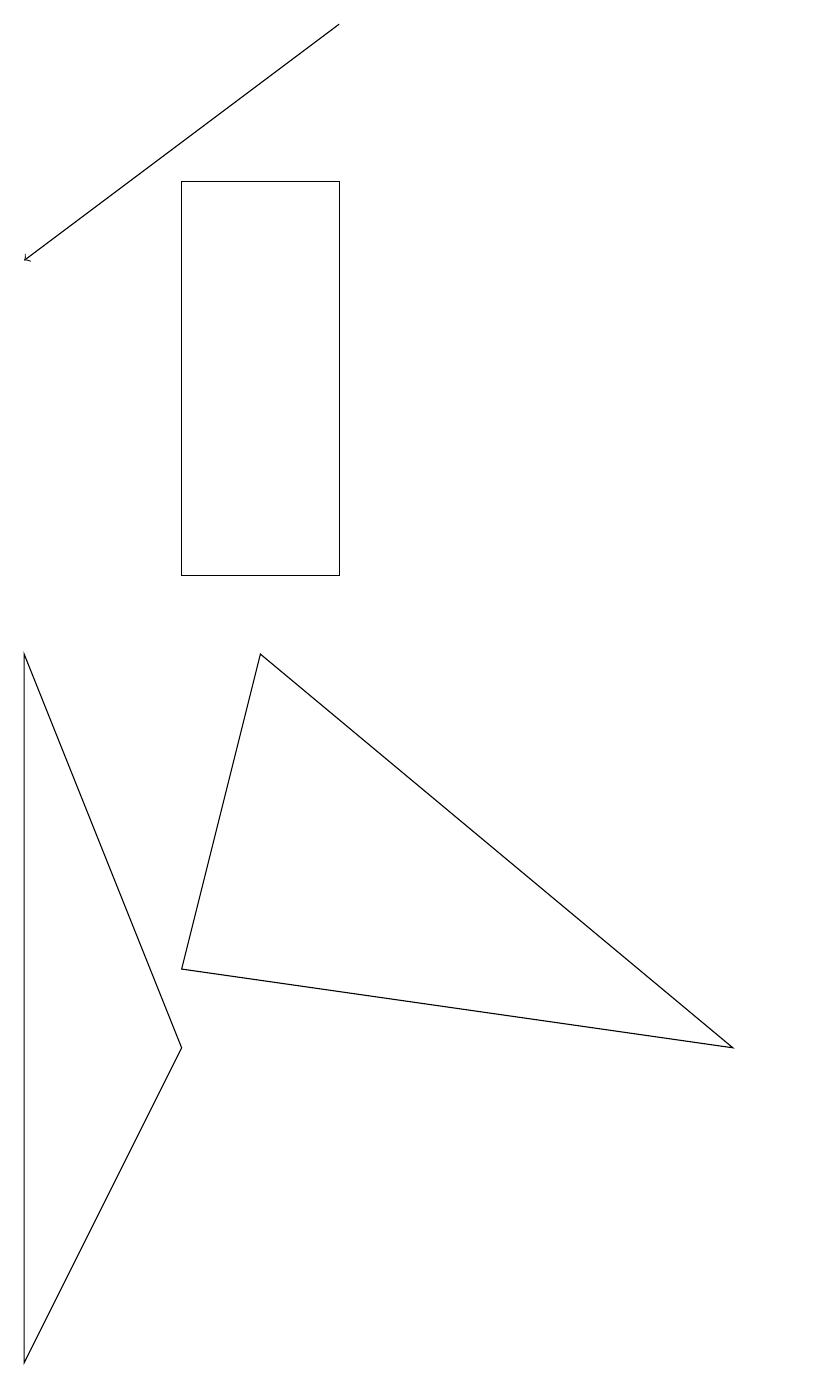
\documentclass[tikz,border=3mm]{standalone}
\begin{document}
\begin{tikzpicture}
\draw (3,9) -- (2,5) -- (9,4) -- cycle;
\draw[->] (4,17) -- (0,14);
\draw (0,0) -- (0,9) -- (2,4) -- cycle;
\draw (10,12) circle (0);
\draw (4,15) rectangle (2,10);
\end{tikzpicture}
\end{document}